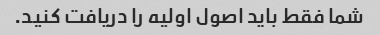
شما فقط باید اصول اولیه را دریافت کنید.